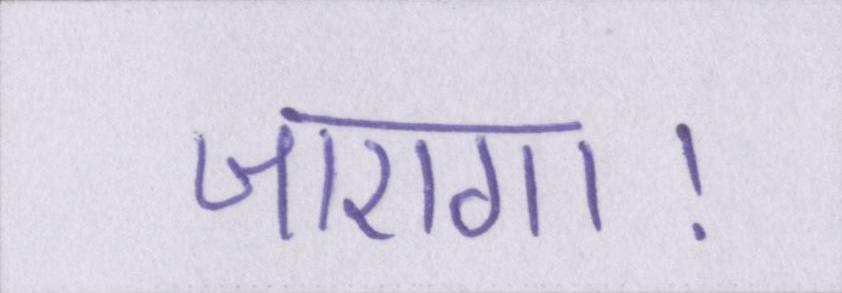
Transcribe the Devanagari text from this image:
जाएगा।